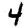
Digit: 4